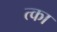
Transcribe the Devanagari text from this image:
त्का